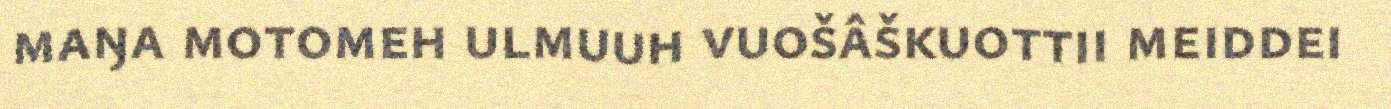
maŋa motomeh ulmuuh vuošâškuottii meiddei